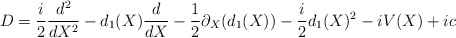
\begin{align*}D=\frac{i}{2}\frac{d^2}{dX^2}-d_1(X)\frac{d}{dX}-\frac{1}{2}\partial_X(d_1(X))-\frac{i}{2}d_1(X)^2- i V(X)+ic \end{align*}